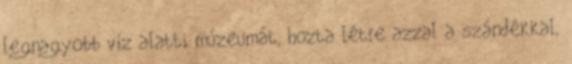
legnagyobb víz alatti múzeumát, hozta létre azzal a szándékkal,